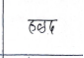
मजकूर: हळद